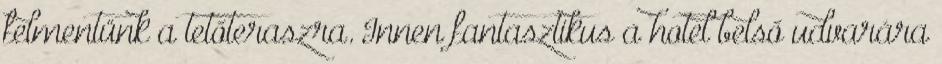
felmentünk a tetőteraszra. Innen fantasztikus a hotel belső udvarára